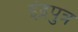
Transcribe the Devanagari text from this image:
इंद्रपुत्र